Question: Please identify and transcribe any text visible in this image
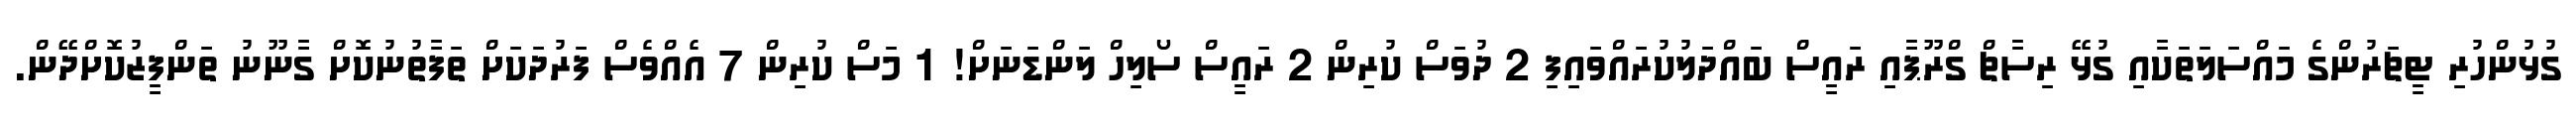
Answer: ގުޅުންހުރި ޓީޗަރުންގެ މައްސަލަތަކާއި ގުޅޭ ރިސާޗް ގްރޫޕާއި ރައީސް ބައްދަލުކުރައްވައިފި 2 ދުވަސް ކުރިން 2 ރައީސް ސޯލިހް ލަންޑަނަށް! 1 މަސް ކުރިން 7 އެއްވެސް ފަރުދަކަށް ތަފާތުނުކޮށް ގާނޫނު ތަންފީޒުކޮށްދޭން.